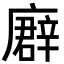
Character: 𢋖